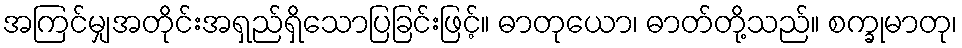
အကြင်မျှအတိုင်းအရှည်ရှိသောပြခြင်းဖြင့်။ ဓာတုယော၊ ဓာတ်တို့သည်။ စက္ခုမာတု၊